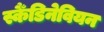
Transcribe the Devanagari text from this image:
स्कैँडिनेवियन